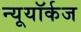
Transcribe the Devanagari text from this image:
न्यूयॉर्कज